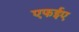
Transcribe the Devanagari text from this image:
एफईए